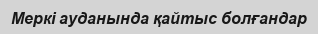
Меркі ауданында қайтыс болғандар